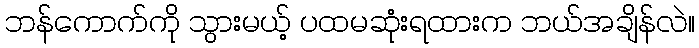
ဘန်ကောက်ကို သွားမယ့် ပထမဆုံးရထားက ဘယ်အချိန်လဲ။